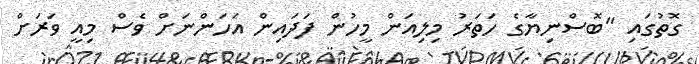
ގޮތުގައި "ބޮސްނިޔާގެ ހަތަރު މިލިއަން މީހުން ފަދައިން އަހަންނަށް ވެސް މިއީ ވަރަށް